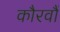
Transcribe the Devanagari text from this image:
कौरवौं